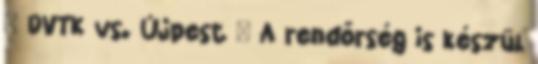
» DVTK vs. Újpest – A rendőrség is készül